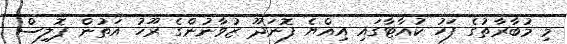
މި މުބާރާތުގެ ފަހު ކުއާޓާގައި އިއްޔެ ފޮނަދޫ ޒުވާނުންގެ ރޫހު އަތުން ޕޮލިސް